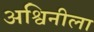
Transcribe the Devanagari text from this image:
अश्विनीला